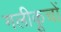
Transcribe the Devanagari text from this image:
गलीकूचों